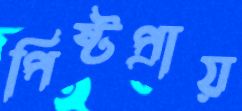
পিষ্টপ্রায়